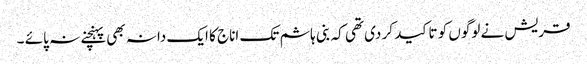
قریش نے لوگوں کو تاکید کر دی تھی کہ بنی ہاشم تک اناج کا ایک دانہ بھی پہنچنے نہ پائے ۔